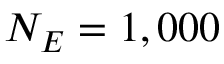
N _ { E } = 1 , 0 0 0